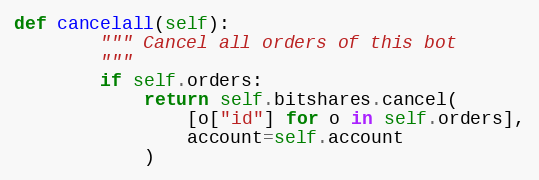
Language: Python
def cancelall(self):
        """ Cancel all orders of this bot
        """
        if self.orders:
            return self.bitshares.cancel(
                [o["id"] for o in self.orders],
                account=self.account
            )